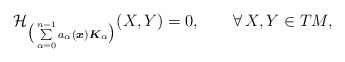
\begin{align*} \mathcal{H}_{\big(\sum\limits_{\alpha=0}^{n-1} a_{\alpha}(\boldsymbol{x})\boldsymbol{K}_{\alpha} \big)}(X,Y)= 0 , \qquad\forall \, X, Y \in TM ,\end{align*}